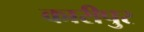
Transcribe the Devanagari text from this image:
कारीपुर